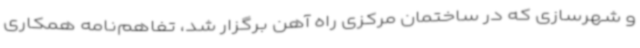
و شهرسازی که در ساختمان مرکزی راه آهن برگزار شد، تفاهم‌نامه همکاری